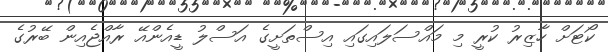
ކޯޓަށް ހާޒިރު ކުރީ މި މައްސަލައިގައި އިސްތަށީގެ އަސްލު ޑީއެންއޭ ރާއްޖެއިން ބޭރުގެ